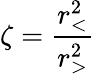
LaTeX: \zeta=\frac{r_{<}^{2}}{r_{>}^{2}}